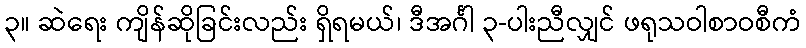
၃။ ဆဲရေး ကျိန်ဆိုခြင်းလည်း ရှိရမယ်၊ ဒီအင်္ဂါ ၃-ပါးညီလျှင် ဖရုသဝါစာဝစီကံ